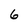
Character: 6